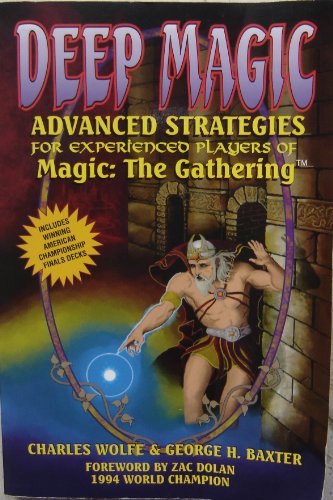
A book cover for Deep Magic: Advanced Strategies for Experienced Players of Magic : The Gathering; Charles Wolfe; Science Fiction & Fantasy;